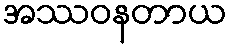
အဿဝနတာယ